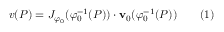
v ( P ) = J _ { \varphi _ { 0 } } ( \varphi _ { 0 } ^ { - 1 } ( P ) ) \cdot { \mathbf { v } } _ { 0 } ( \varphi _ { 0 } ^ { - 1 } ( P ) ) \qquad ( 1 )